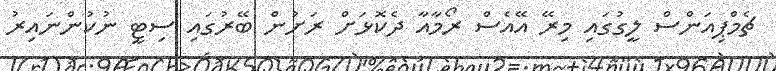
ޗެމްޕިއަންސް ލީގުގައި މިރޭ އޭއެސް ރޯމާއާ ދެކޮޅަށް ރަށުން ބޭރުގައި ސިޓީ ނުކުންނައިރު